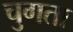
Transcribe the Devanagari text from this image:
चुगता